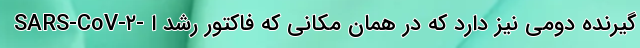
SARS-CoV-۲- گیرنده دومی نیز دارد که در همان مکانی که فاکتور رشد ا